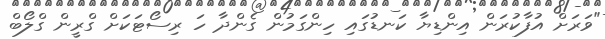
"ވަރަށް އުފާކުރަން އިންޑިޔާ ކަނޑުގައި ހިންގަމުން ގެންދާ ހަ ރިސޯޓަކަށް ގްރީން ގްލޯބް